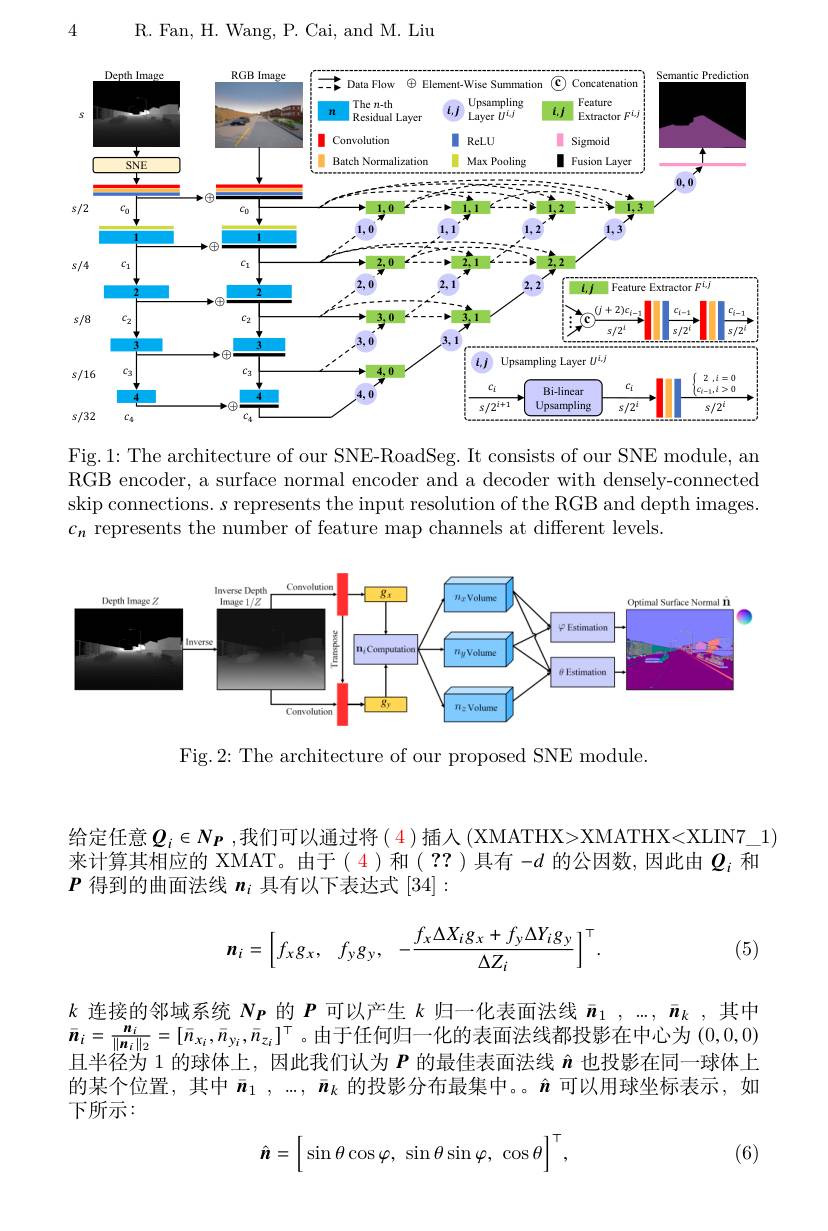
R. Fan, H. Wang, P. Cai, and M. Liu

4

<FigureHere>

Fig. 1: The architecture of our SNE-RoadSeg. It consists of our SNE module, an RGB encoder, a surface normal encoder and a decoder with densely-connected skip connections. $s$ represents the input resolution of the RGB and depth images. $c_n$ represents the number of feature map channels at different levels.

<FigureHere>

Fig.2: The architecture of our proposed SNE module

给定任意$Q_i\in N_{\boldsymbol{P}}$ ,我们可以通过将( 4 )插入 (XMATHX>XMATHX<XLIN7\_1) 来计算其相应的 XMAT。由于(4)和(??)具有-d 的公因数，因此由$Q_i$和$P$得到的曲面法线$n_i$具有以下表达式[34]:

(5)
$$\boldsymbol{n}_i=\begin{bmatrix}f_xg_x,&f_yg_y,&-\dfrac{f_x\Delta X_ig_x+f_y\Delta Y_ig_y}{\Delta Z_i}\end{bmatrix}^\top.$$
$k$连接的邻域系统$N_P$的$P$可以产生$k$归一化表面法线$\bar{n}_1,...,\bar{n}_k$,其中$\bar{n}_i=\frac{n_i}{\|\boldsymbol{n}_i\|_2}=[\bar{n}_{x_i},\bar{n}_{y_i},\bar{n}_{z_i}]^\top$。由于任何归一化的表面法线都投影在中心为(0,0,0) 且半径为 1 的球体上，因此我们认为$P$的最佳表面法线$\hat{n}$也投影在同一球体上的某个位置，其中$\bar{\boldsymbol{n}}_1,...,\bar{\boldsymbol{n}}_k$的投影分布最集中。。$\hat{\boldsymbol{n}}$可以用球坐标表示，如下所示：
$$\hat{\boldsymbol{n}}=\left[\begin{array}{cc}\sin\theta\cos\varphi,&\sin\theta\sin\varphi,&\cos\theta\end{array}\right]^{\top},$$
(6)